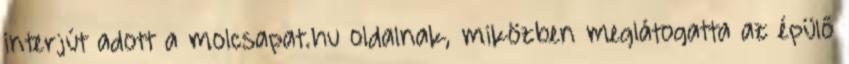
interjút adott a molcsapat.hu oldalnak, miközben meglátogatta az épülő